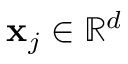
\mathbf { x } _ { j } \in \mathbb { R } ^ { d }